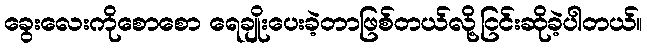
ခွေးလေးကိုစောစော ရေချိုးပေးခဲ့တာဖြစ်တယ်လို့ငြင်းဆိုခဲ့ပါတယ်။